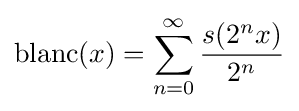
\operatorname {blanc} (x)=\sum _{n=0}^{\infty }{s(2^{n}x) \over 2^{n}}